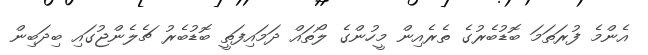
އެންމެ ފުރަތަމަ ބޮޑުބެރުގެ ތެރެއިން މީހުންގެ ލޯތައް ދަމައިފަތީ ބޮޑުބެރު ޗެލެންޖުގައި ބިދަބިން